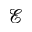
\mathcal { E }